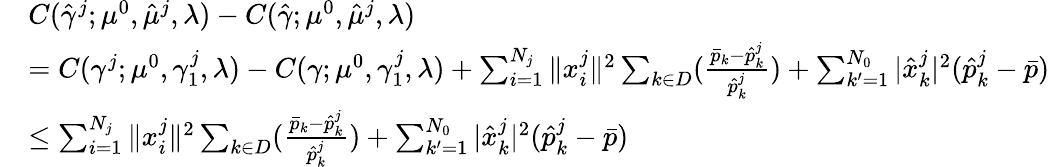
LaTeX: \begin{array}{rl}&{C(\hat{\gamma}^{j};\mu^{0},\hat{\mu}^{j},\lambda)-C(\hat{\gamma};\mu^{0},\hat{\mu}^{j},\lambda)}\\ &{=C(\gamma^{j};\mu^{0},\gamma_{1}^{j},\lambda)-C(\gamma;\mu^{0},\gamma_{1}^{j},\lambda)+\sum_{i=1}^{N_{j}}\| x_{i}^{j}\| ^{2}\sum_{k\in D}(\frac{\bar{p}_{k}-\hat{p}_{k}^{j}}{\hat{p}_{k}^{j}})+\sum_{k^{\prime}=1}^{N_{0}}|\hat{x}_{k}^{j}|^{2}(\hat{p}_{k}^{j}-\bar{p})}\\ &{\leq\sum_{i=1}^{N_{j}}\| x_{i}^{j}\| ^{2}\sum_{k\in D}(\frac{\bar{p}_{k}-\hat{p}_{k}^{j}}{\hat{p}_{k}^{j}})+\sum_{k^{\prime}=1}^{N_{0}}|\hat{x}_{k}^{j}|^{2}(\hat{p}_{k}^{j}-\bar{p})}\end{array}